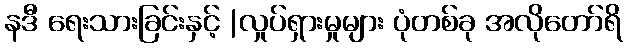
နဒီ ရေးသားခြင်းနှင့် |လှုပ်ရှားမှုများ ပုံတစ်ခု အလိုတော်ရိ